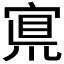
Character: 𡩇